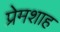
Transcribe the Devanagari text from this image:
प्रेमशाह